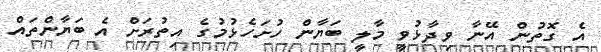
އެ ގޮތުން އޭނާ ވިދާޅުވީ މާލީ ބަޔާން ހުށަހެޅުމުގެ އިތުރަށް އެ ބަޔާންތައް